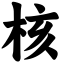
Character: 核